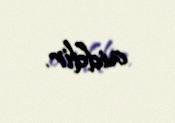
aiddir.